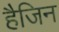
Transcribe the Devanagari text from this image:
हैजिन